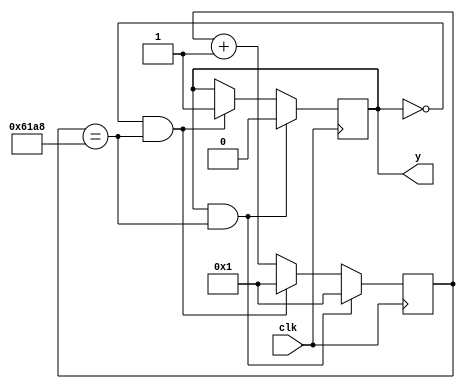
module M(clk, y);

input  clk; 
output reg y=1'b0;

reg [15:0] count = 16'b0;

always @(posedge clk) begin
    // Counting the number of clock cycles
    count <= count + 16'b1;
  if ((y==1)&&(count==25000)) begin
    // Reset the counter
    count <= 16'b1;
    // LED state change to OFF (Blink)
    y <= 0;
  end
else if((y==0)&&(count==25000)) begin
    // Reset the counter
    count <= 16'b1;
    // LED state change to ON (Blink)
    y <= 1;
end
  end
endmodule